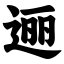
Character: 逦